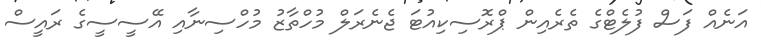
އަނެއް ފަސް ފުލެޓްގެ ތެރެއިން ޕްރޮސިކިއުޓަ ޖެނެރަލް މުހްތާޒު މުހްސިނާއި އޭސީސީގެ ރައީސް